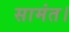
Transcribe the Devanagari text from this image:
सामंत।